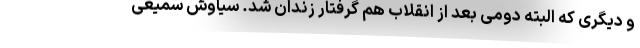
و دیگری که البته دومی بعد از انقلاب هم گرفتار زندان شد. سیاوش سمیعی